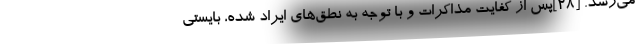
می‌رسد. [۲۸]پس از کفایت مذاکرات و با توجه به نطق‌های ایراد شده، بایستی